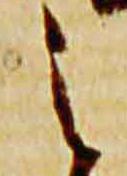
之